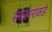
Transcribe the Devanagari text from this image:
संघकाराकडे